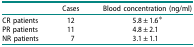
<table><thead><tr><td><b> </b></td><td><b>Cases</b></td><td><b>Blood concentration (ng/ml)</b></td></tr></thead><tbody><tr><td>CR patients</td><td>12</td><td>5.8 ± 1.6*</td></tr><tr><td>PR patients</td><td>11</td><td>4.8 ± 2.1</td></tr><tr><td>NR patients</td><td>7</td><td>3.1 ± 1.1</td></tr></tbody></table>